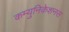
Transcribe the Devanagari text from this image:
कम्युनिकेशनस